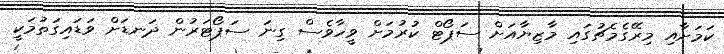
ކަމަށާއި މިރޭގެމެޗުގައި މާޒިޔާއަށް ސަޕޯޓް ކުރުމަށް ވީހާވެސް ގިނަ ސަޕޯޓަރުން ދަނޑަށް ވަޑައިގަތުމަކީ